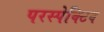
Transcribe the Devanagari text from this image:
परस्पेक्टिव